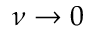
\nu \to 0